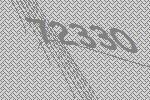
72330